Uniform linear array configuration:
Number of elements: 24
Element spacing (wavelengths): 0.75
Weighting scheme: binomial
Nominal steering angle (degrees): -30
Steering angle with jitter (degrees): -28.7
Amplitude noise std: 0.05
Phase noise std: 0.05

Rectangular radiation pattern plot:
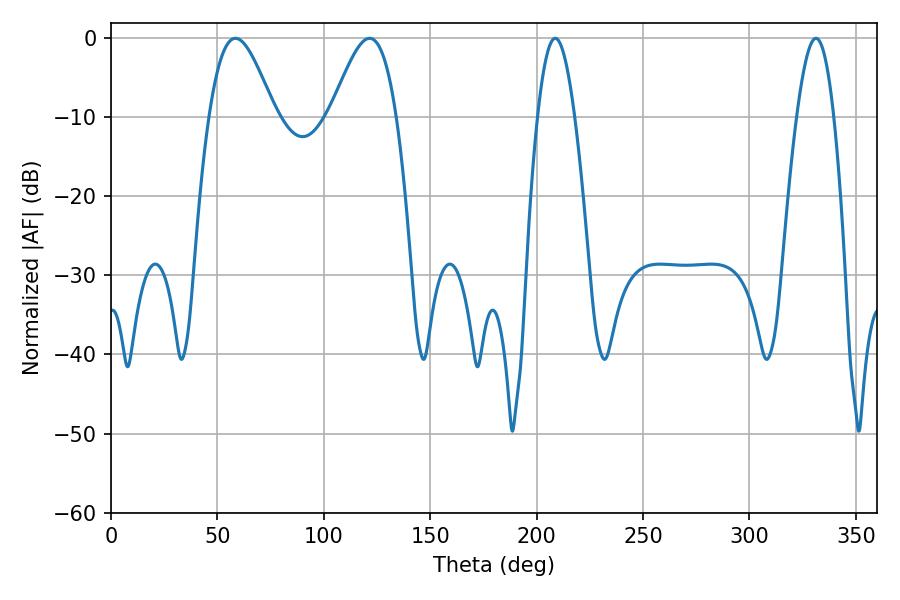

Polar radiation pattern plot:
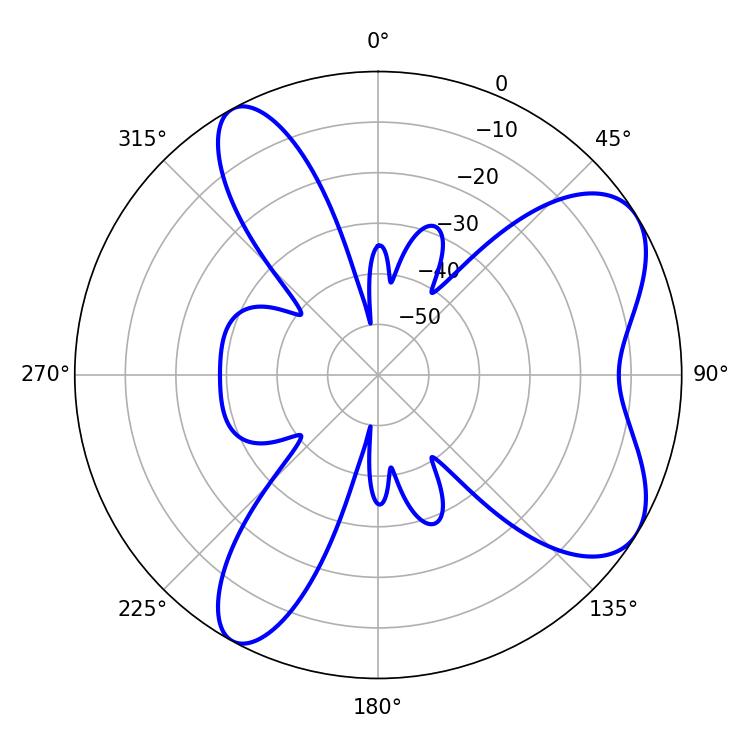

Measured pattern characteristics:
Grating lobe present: TRUE
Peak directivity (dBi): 7.061
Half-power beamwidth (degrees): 16.38
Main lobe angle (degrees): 58.5